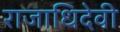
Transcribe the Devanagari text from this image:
राजाधिदेवी